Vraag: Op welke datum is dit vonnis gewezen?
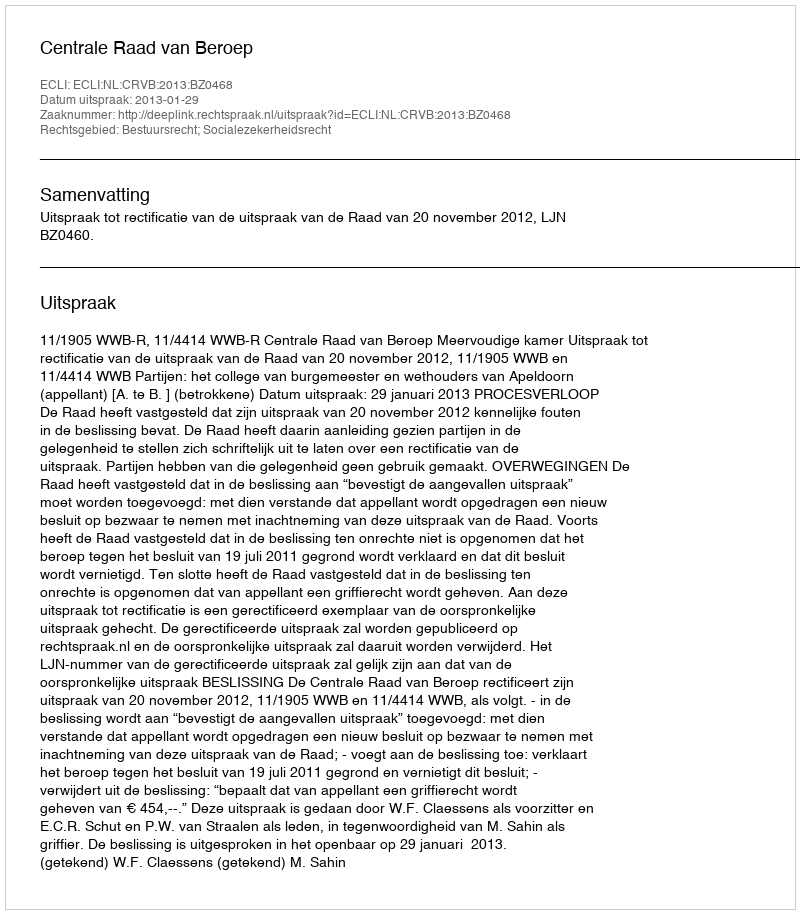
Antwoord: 2013-01-29